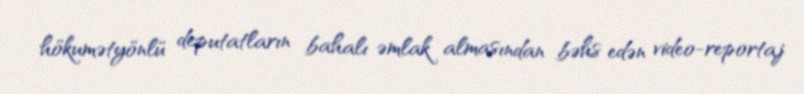
hökumətyönlü deputatların bahalı əmlak almasından bəhs edən video-reportaj